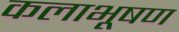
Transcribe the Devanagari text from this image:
कलाभूषण